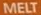
MELT